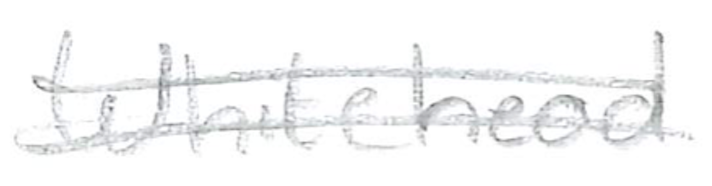
Text: Whitehead
Cross-out: double-line
Writing tool: pencil